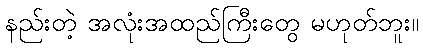
နည်းတဲ့ အလုံးအထည်ကြီးတွေ မဟုတ်ဘူး။